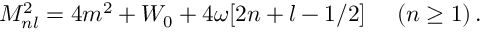
M _ { n l } ^ { 2 } = 4 m ^ { 2 } + W _ { 0 } + 4 \omega [ 2 n + l - 1 / 2 ] \ ~ ~ \ ( n \geq 1 ) \, .